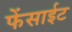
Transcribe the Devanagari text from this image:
फेंसाईट